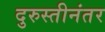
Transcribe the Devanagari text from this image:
दुरुस्तीनंतर